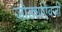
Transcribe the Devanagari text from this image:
जोड्यांऐवजी